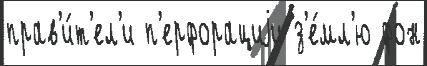
прав'и́т'ел'и п'ерфорациjи з'е́мл'ю фон